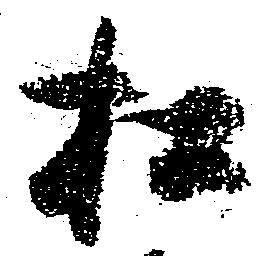
松